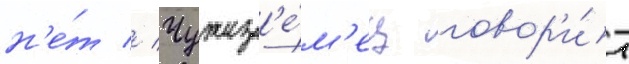
н'е́т // Чужез'е́м'ец говор'и́т